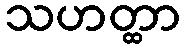
သဟတ္ထာ